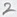
Text: 2